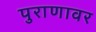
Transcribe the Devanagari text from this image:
पुराणावर